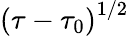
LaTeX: \left(\tau-\tau_{0}\right)^{1/2}